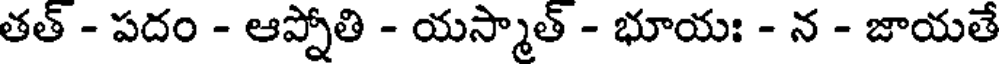
తత్ - పదం - ఆప్నోతి - యస్మాత్ - భూయః - న - జాయతే